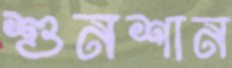
শুনশান